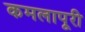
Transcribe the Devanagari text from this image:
कमलापूरी